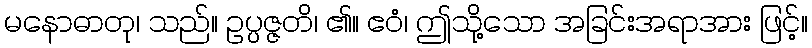
မနောဓာတု၊ သည်။ ဥပ္ပဇ္ဇတိ၊ ၏။ ဧဝံ၊ ဤသို့သော အခြင်းအရာအား ဖြင့်။